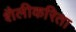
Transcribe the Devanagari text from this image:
शैलीकरिता